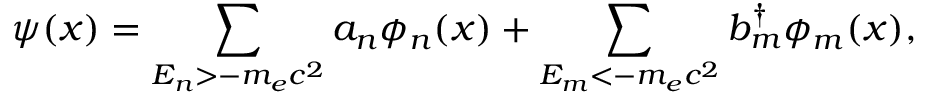
\psi ( x ) = \sum _ { E _ { n } > - m _ { e } c ^ { 2 } } a _ { n } \phi _ { n } ( x ) + \sum _ { E _ { m } < - m _ { e } c ^ { 2 } } b _ { m } ^ { \dagger } \phi _ { m } ( x ) ,